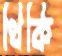
থিকি